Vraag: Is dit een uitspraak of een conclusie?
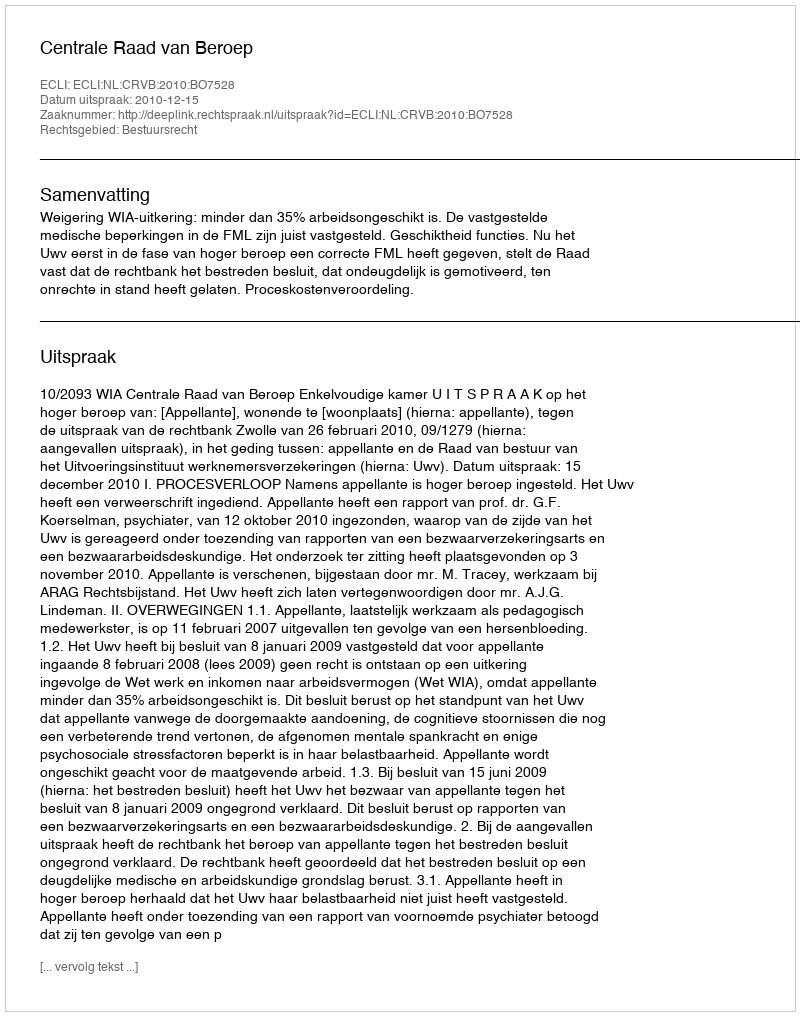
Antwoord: Uitspraak